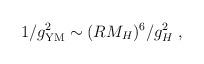
LaTeX: \begin{align*}1/g^2_{\rm YM} \sim (R M_H)^6 /g_H^2\ , \end{align*}